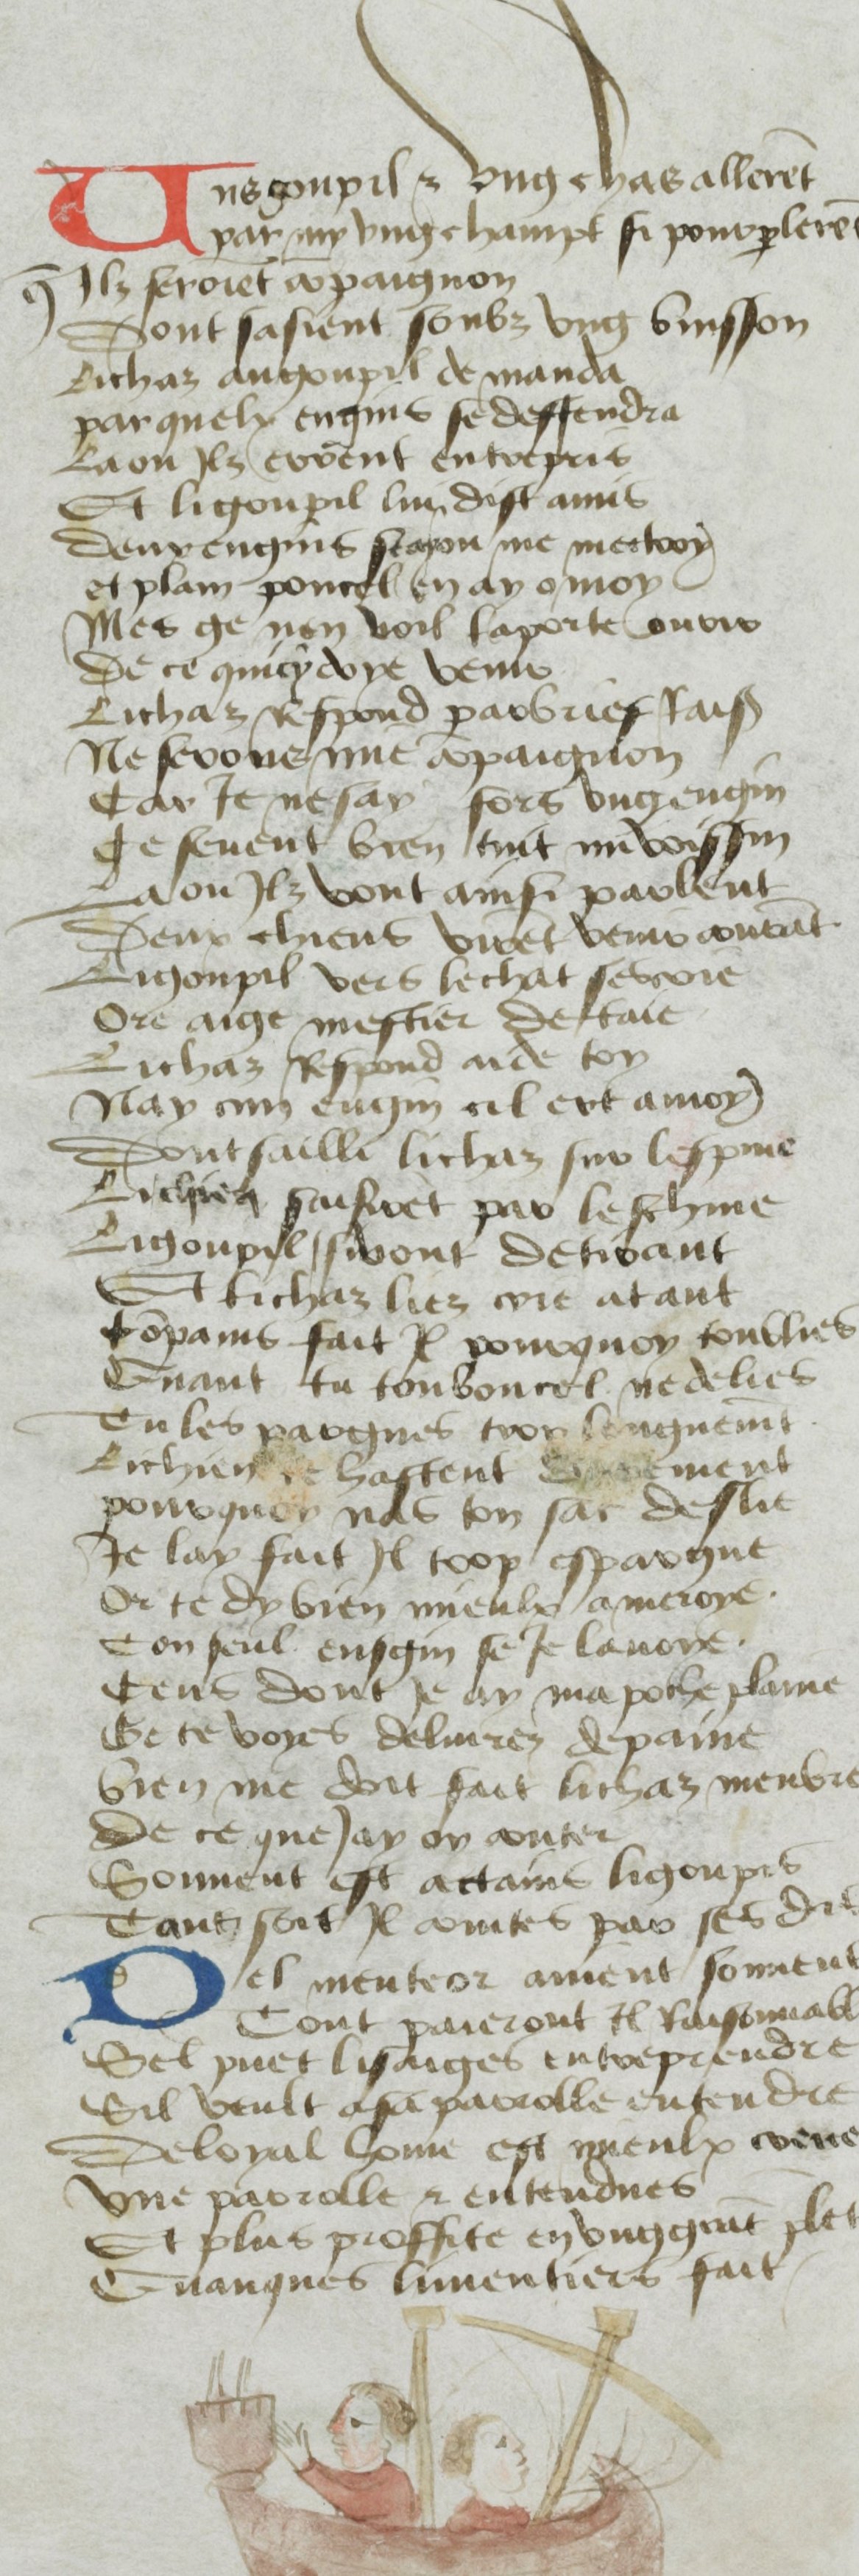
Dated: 1400–1499